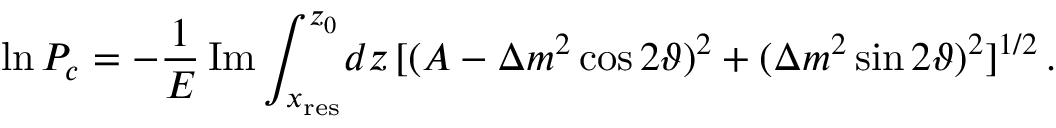
\ln P _ { c } = - \frac { 1 } { E } \, \mathrm { I m } \int _ { x _ { \mathrm { r e s } } } ^ { z _ { 0 } } \! d z \, [ ( A - \Delta m ^ { 2 } \cos 2 \vartheta ) ^ { 2 } + ( \Delta m ^ { 2 } \sin 2 \vartheta ) ^ { 2 } ] ^ { 1 / 2 } \, .